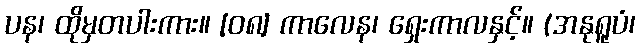
ပန၊ ထိုမှတပါးကား။ [၀၈] ကာလေန၊ ရှေးကာလနှင့်။ (အနုရူပံ၊